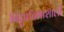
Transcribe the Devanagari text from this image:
बिंदुप्रतिभाशाली